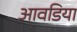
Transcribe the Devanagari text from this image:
आवडिया